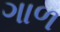
ગાળ